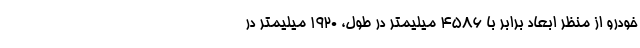
خودرو از منظر ابعاد برابر با 4586 میلیمتر در طول، 1920 میلیمتر در